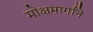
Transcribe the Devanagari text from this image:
मोक्षमार्गाने